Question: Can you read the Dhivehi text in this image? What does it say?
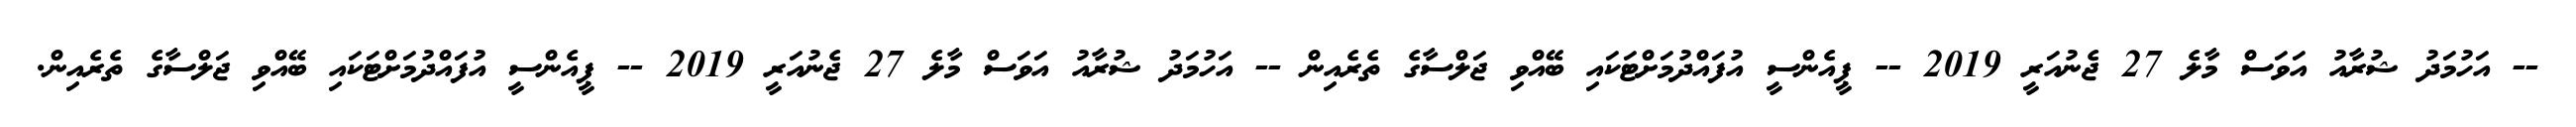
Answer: -- އަހުމަދު ޝުރާއު އަވަސް މާލެ 27 ޖެނުއަރީ 2019 -- ޕީއެންސީ އުފައްދުމަށްޓަކައި ބޭއްވި ޖަލްސާގެ ތެރެއިން -- އަހުމަދު ޝުރާއު އަވަސް މާލެ 27 ޖެނުއަރީ 2019 -- ޕީއެންސީ އުފައްދުމަށްޓަކައި ބޭއްވި ޖަލްސާގެ ތެރެއިން.